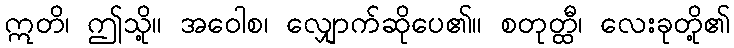
ဣတိ၊ ဤသို့။ အဝေါစ၊ လျှောက်ဆိုပေ၏။ စတုတ္ထီ၊ လေးခုတို့၏